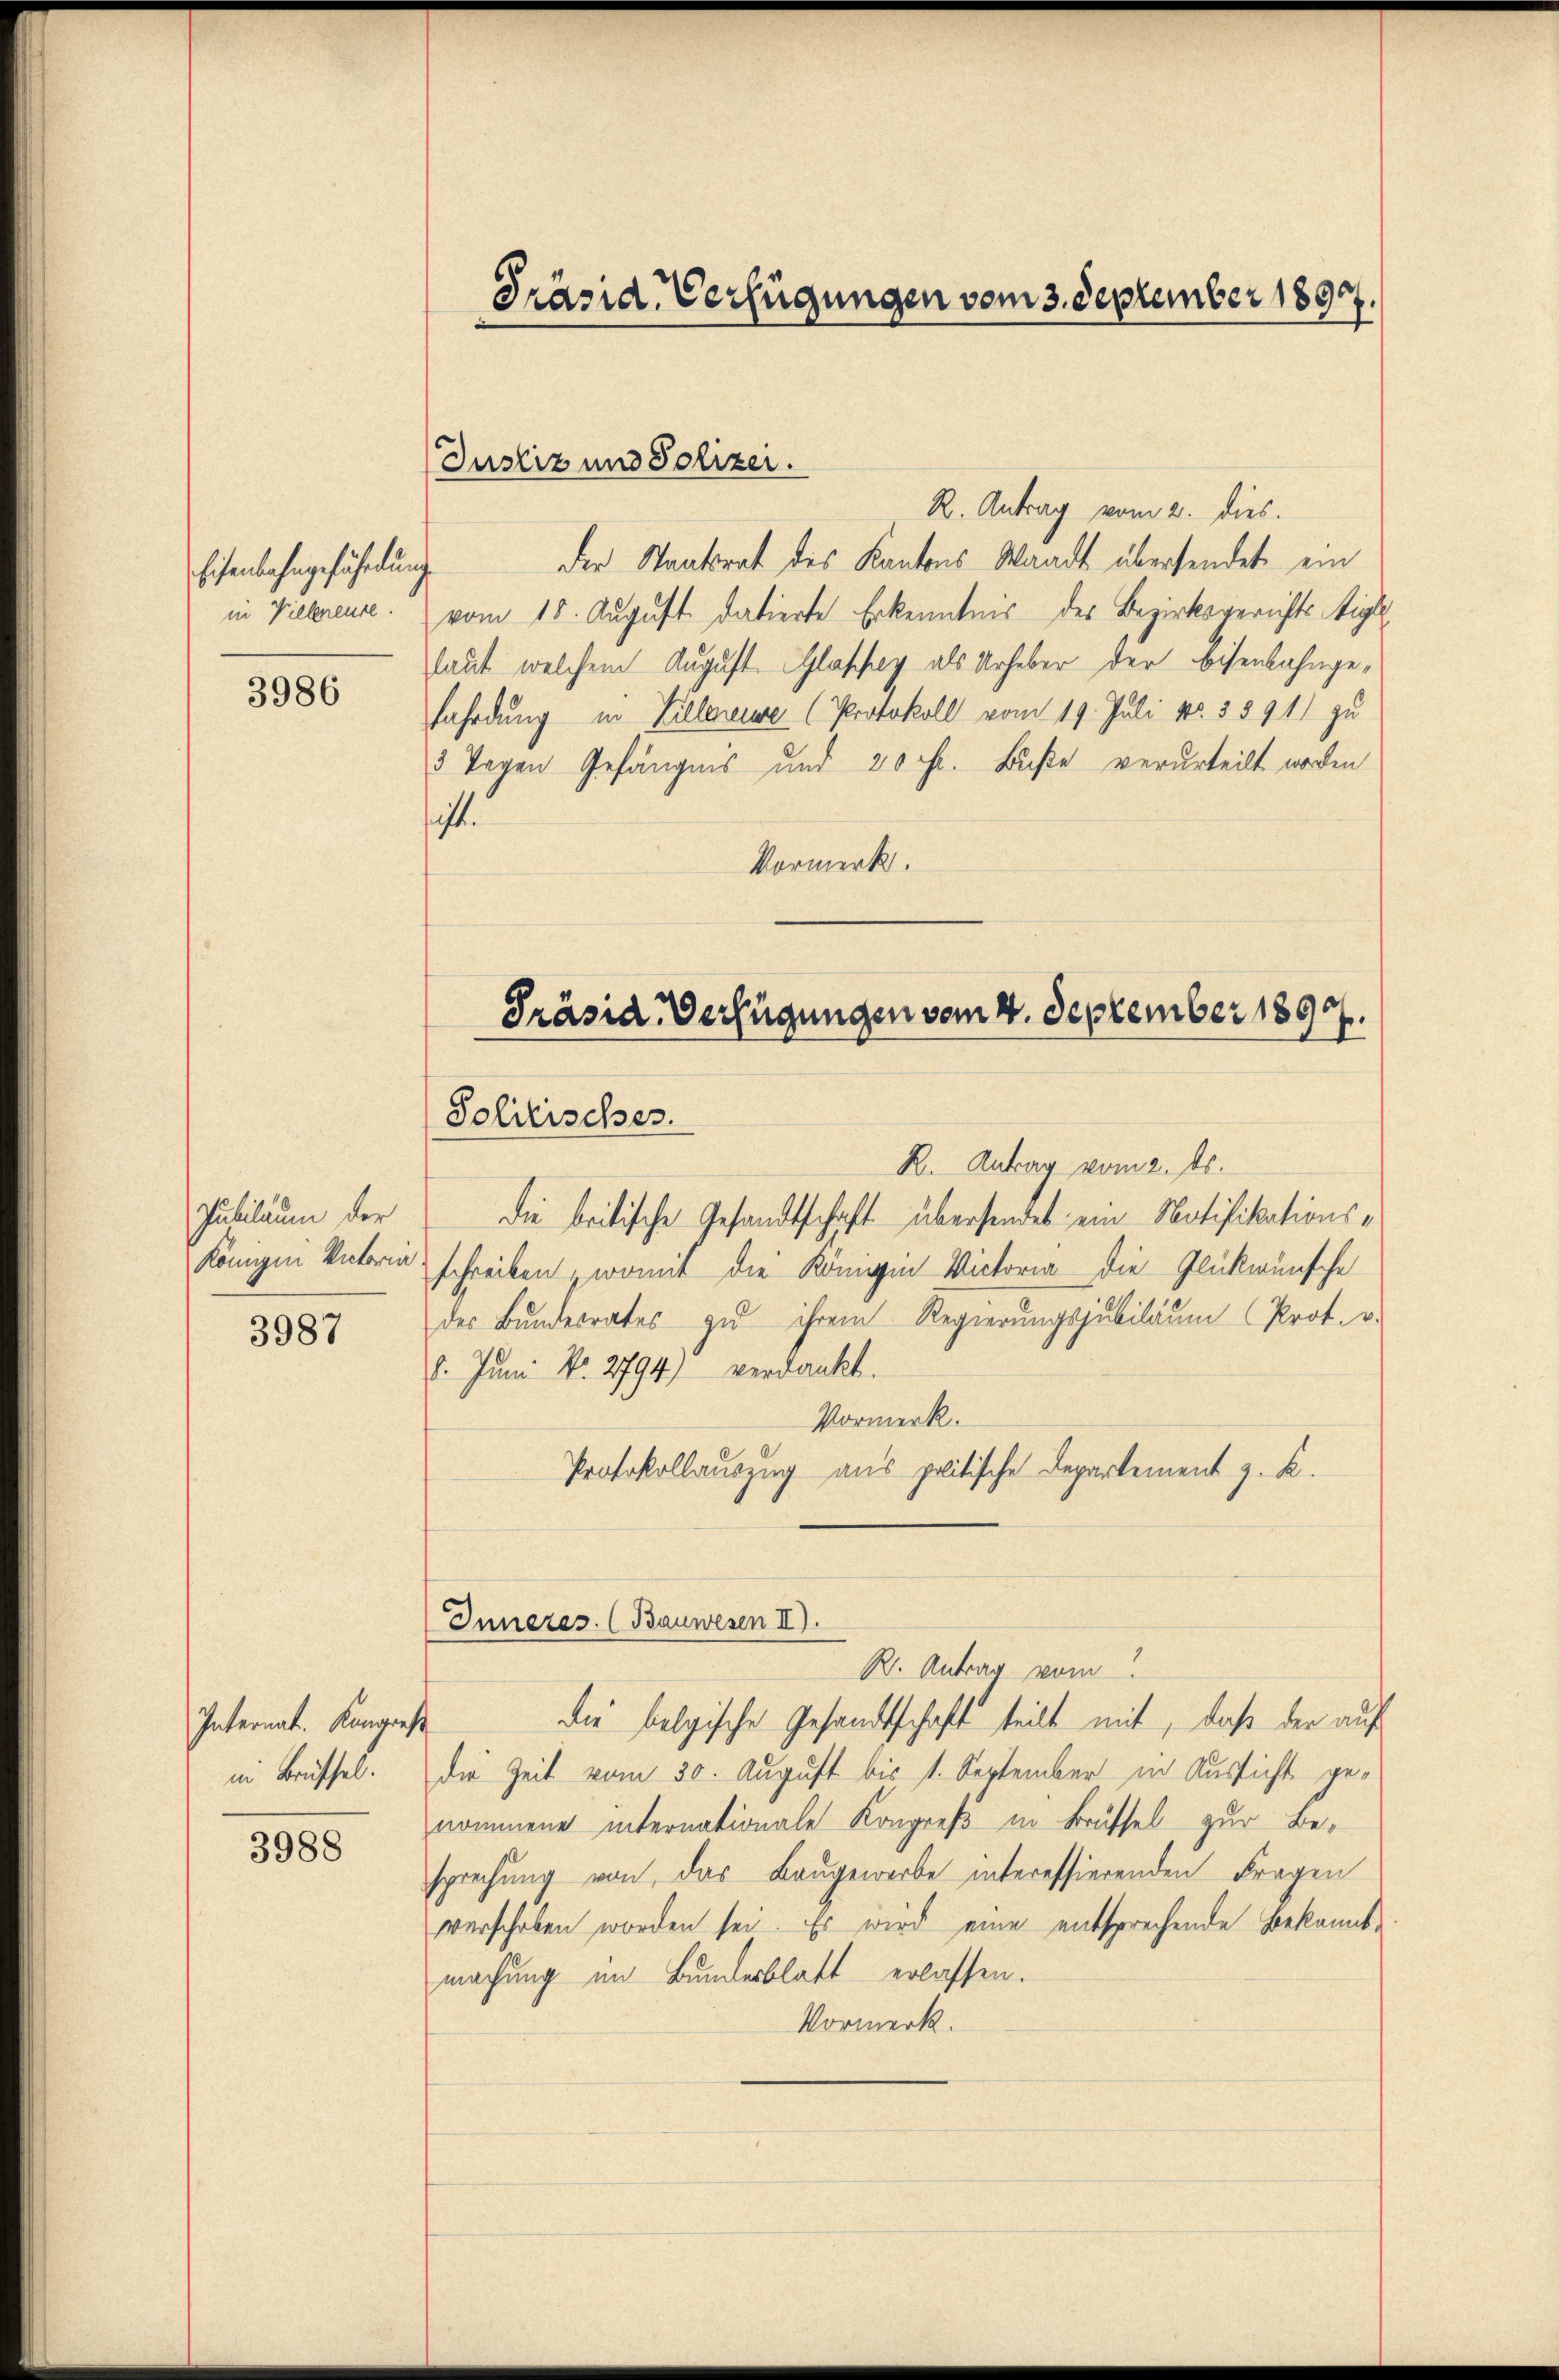
Eisenbahngefährdung
in Villeneure.

3986

Pubiläum der
Königin Victoria

3987

Internat. Kongres
in Brüffel.

3988

Präsid. Verfügungen vom 3. September 1893.

Justiz und Polizer.

R. Antrag vom 2. dies.
der Staatsrat des Kantons Waadt übersendet ein
vom 15. August datierte Erkenntnis des Bezirksgerichtstigt
laut, welchem August Glashey als Urheber der Eisenbahngefährdung in Billeneure (Protokoll vom 19. Juli Nr. 3891) zu
3 Tagen Gefängnis und 20 Fr. Buße verurteilt worden
ist.
Vormerk.

Präsid. Verfügungen vom 4. September 1897.
Solitisches.

Inneres. (Bauwesen II.

R. Antrag vom 2. ds.
Die britische Gesandtschaft übersendet ein Notifikationsschreiben, womit die Konigin Victoria die Glückwünsche
des Bŭndesrates zŭ ihrem Regierungsjubiläum (Prot. v.
8. Juni Nr. 2794) verdankt.
Vormerk.
Protokollauszug aus politische Departement z. K.
R. Antrag vom
die belgische Gesandtschaft teilt mit, daß der auf
die Zeit vom 30. August bis 1. September in Aussicht genommene internationale Kongreß in Brüssel zur Be-
sprechung von das Baugeworbe interessierenden Fragen
verschoben worden sei. Es wird eine entsprechende Bekanntmachung im Bundesblatt erlassen.
Vormerk.